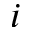
i